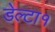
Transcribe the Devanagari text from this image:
डेल्टा१